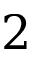
2